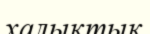
халыктык